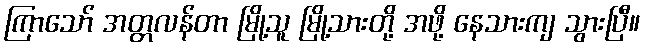
ကြာသော် အတ္တလန်တာ မြို့သူ မြို့သားတို့ အဖို့ နေသားကျ သွားပြီ။